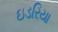
ઇડરિયા